Annual administration report of the Civil Veterinary Department of India - 1898-1899
Year: 1898
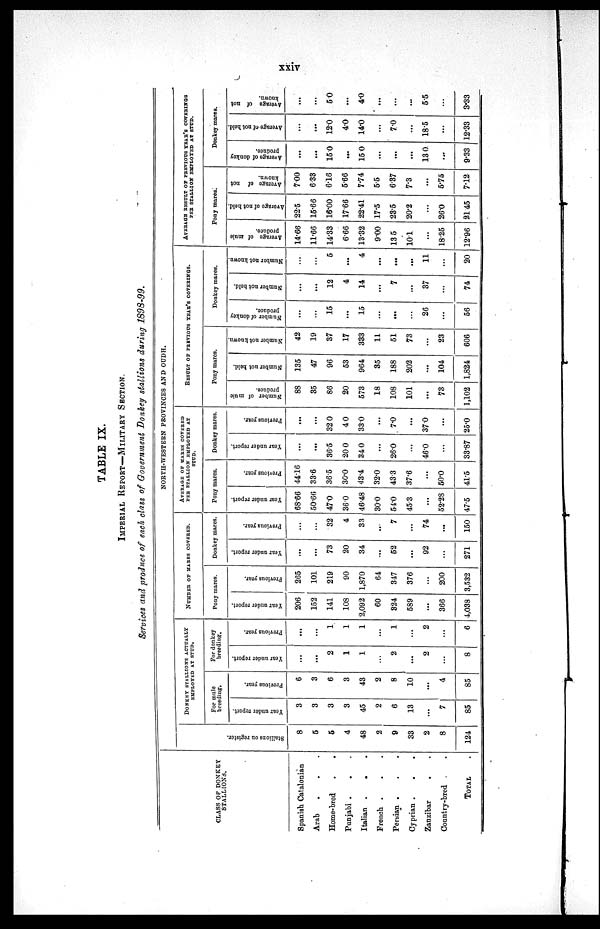
xxiv
TABLE IX.
IMPERIAL REPORT—MILITARY SECTION.
Services and produce of each class of Government Donkey stallions during 1898-99.
CLASS OF DONKEY
STALLIONS.
Spanish Catalonian
Arab . . .
Home-bred
.
.
Punjabi . . .
Italian .
. .
French . . .
Persian .
.
.
Cyprian . . .
Zanzibar . .
Country-bred . .
TOTAL .
NORTH-WESTERN PROVINCES AND OUDH.
Stallions on register.
8
5
5
4
48
2
9
33
2
8
124
DONKEY STALLIONS ACTUALLY
EMPLOYED AT STUD.
For mule
breeding.
Year under report.
3
3
3
3
45
2
6
13
...
7
85
Previous year.
6
3
6
3
43
2
8
10
...
4
85
For donkey
breeding.
Year under report.
...
...
2
1
1
...
2
...
2
...
8
Previous year.
...
...
1
1
1
...
1
...
2
...
6
NUMBER OF MARES COVERED.
Pony mares.
Year under report.
206
152
141
108
2,092
60
324
589
...
366
4,038
Previous year.
265
101
219
90
1,870
64
347
376
...
200
3,532
Donkey mares.
Year under report.
...
...
73
20
34
...
52
...
92
...
271
Previous year.
...
...
32
4
33
..
7
...
74
...
150
AVERAGE OF MARES COVERED
PER STALLION EMPLOYED AT
STUD.
Pony mares.
Year under report.
68.66
50.66
47.0
36.0
46.48
30.0
54.0
45.3
...
52.28
47.5
Previous year.
44.16
33.6
36.5
30.0
43.4
32.0
43.3
37.6
...
50.0
41.5
Donkey mares.
Year under report.
...
...
36.5
20.0
34.0
...
26.0
...
46.0
...
33.87
Previous year.
...
...
32.0
4.0
33.0
...
7.0
...
37.0
...
25.0
RESULT OF PREVIOUS YEAR'S COVERINGS.
Pony mares.
Number of mule
produce.
88
35
86
20
573
18
108
101
...
73
1,102
Number not held.
135
47
96
53
964
35
188
202
...
104
1,824
Number not known.
42
19
37
17
333
11
51
73
...
23
606
Donkey mares.
Number of donkey
produce.
...
...
15
...
15
...
...
...
26
...
56
Number not held.
...
...
12
4
14
...
7
...
37
...
74
Number not known.
...
...
5
...
4
...
...
...
11
...
20
AVERAGE RESULT OF PREVIOUS YEAR'S COVERINGS
PER STALLION EMPLOYED AT STUD.
Pony mares.
Average of mule
produce.
14.66
11.66
14.33
6.66
13.32
9.00
13.5
10.1
...
18.25
12.96
Average of not held.
22.5
15.66
16.00
17.66
22.41
17.5
23.5
20.2
...
26.0
21.45
Average of not
known.
7.00
6.33
6.16
5.66
7.74
5.5
6.37
7.3
...
5.75
7.12
Donkey mares.
Average of donkey
produce.
...
...
15.0
...
15.0
...
...
...
13.0
...
9.33
Average of not held.
...
...
12.0
4.0
14.0
...
7.0
...
18.5
...
12.33
Average of not
known.
...
...
5.0
...
4.0
...
...
...
5.5
...
3.33